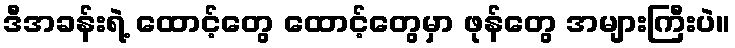
ဒီအခန်းရဲ့ ထောင့်တွေ ထောင့်တွေမှာ ဖုန်တွေ အများကြီးပဲ။